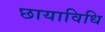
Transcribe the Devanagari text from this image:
छायाविधि